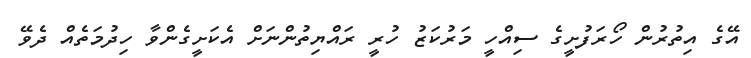
އޭގެ އިތުރުން ހޯރަފުށީގެ ސިއްހީ މަރުކަޒު ހުރީ ރައްޔިތުންނަށް އެކަށީގެންވާ ހިދުމަތެއް ދެވޭ